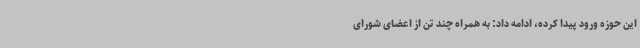
این حوزه ورود پیدا کرده، ادامه داد: به همراه چند تن از اعضای شورای